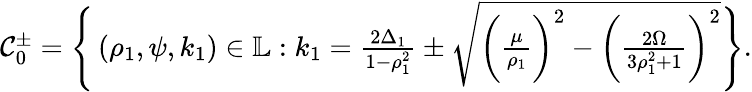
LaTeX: \begin{array}{r}{\mathcal{C}_{0}^{\pm}=\Bigg\{ \left(\rho_{1},\psi,k_{1}\right)\in\mathbb{L}:k_{1}=\frac{2\Delta_{1}}{1-\rho_{1}^{2}}\pm\sqrt{\bigg(\frac{\mu}{\rho_{1}}\bigg)^{2}-\bigg(\frac{2\Omega}{3\rho_{1}^{2}+1}\bigg)^{2}}\Bigg\} .}\end{array}